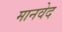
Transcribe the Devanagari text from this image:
मानवेद